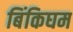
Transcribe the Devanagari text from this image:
बिंकिघम